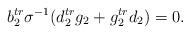
LaTeX: \begin{align*}b_2^{tr}\sigma^{-1}(d_2^{tr}g_2+g_2^{tr}d_2)=0.\end{align*}